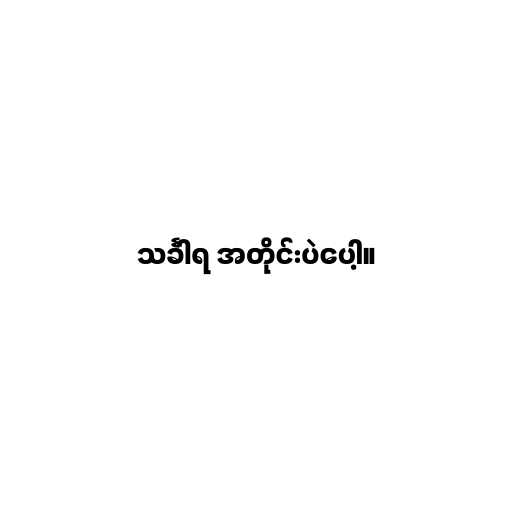
သင်္ခါရ အတိုင်းပဲပေါ့။